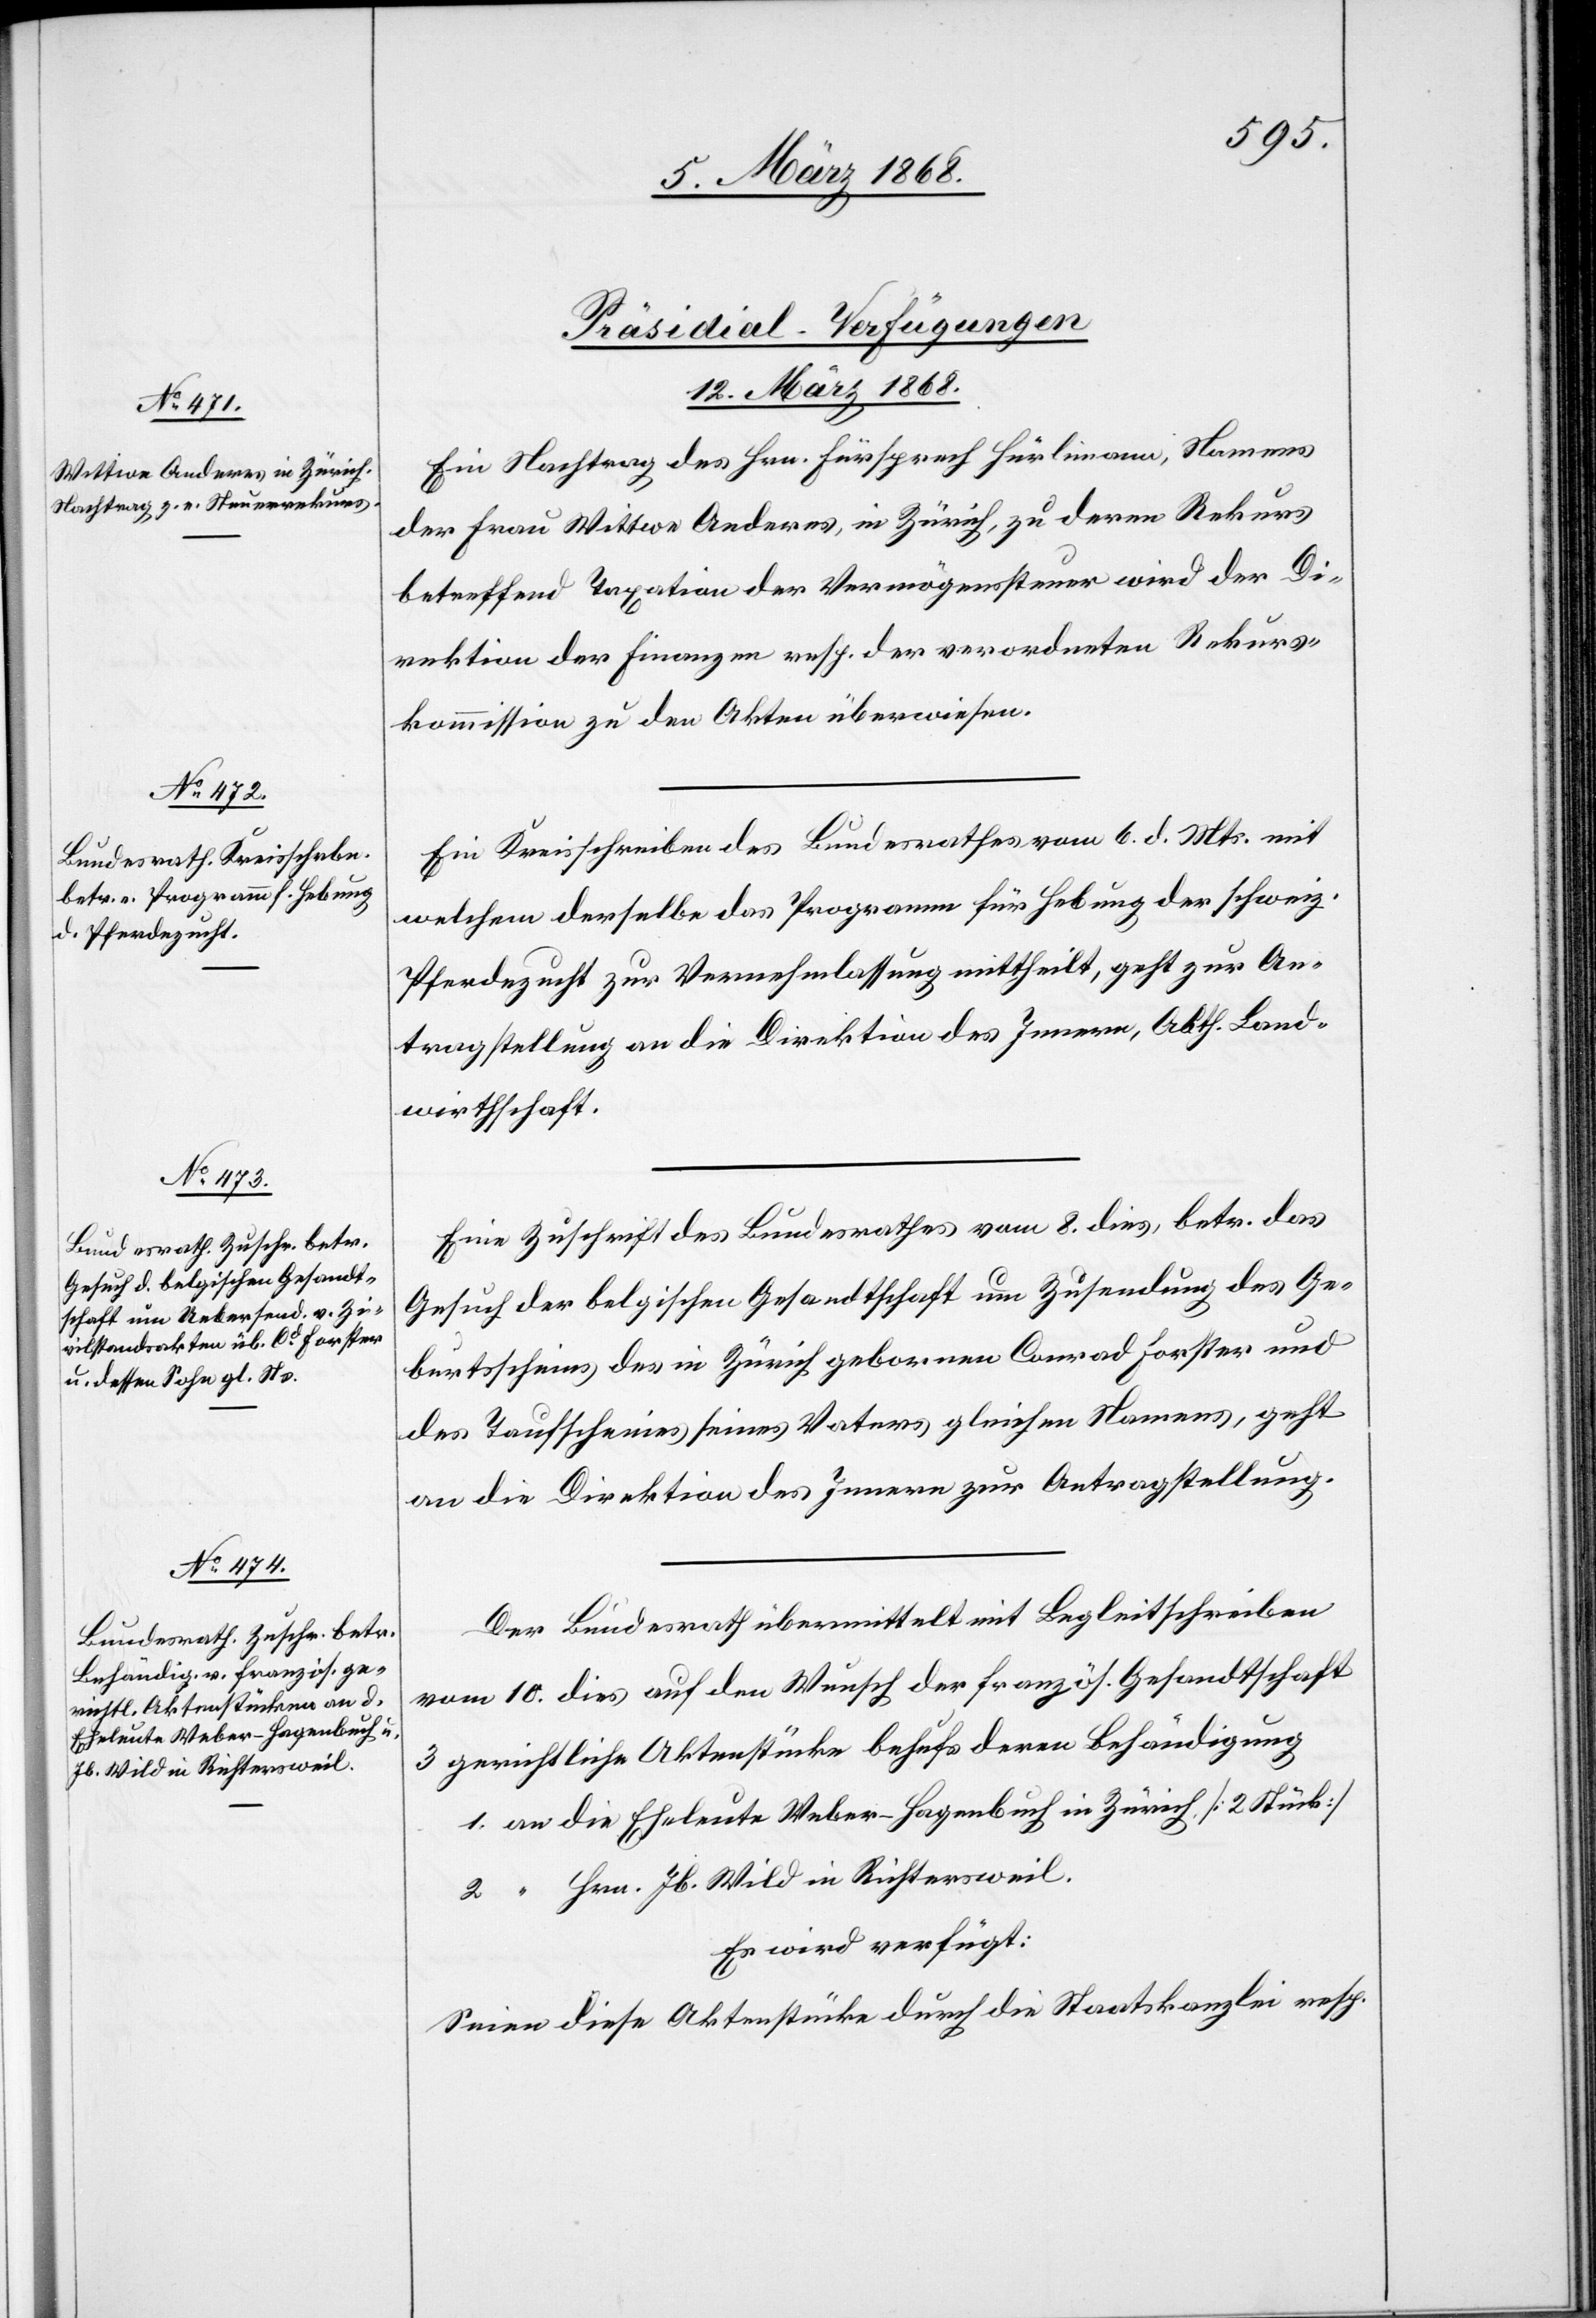
[Präsidial-Verfügungen
12. März 1868.]
Ein Nachtrag des Hrn. Fürsprech Hürlimann, Namens
der Frau Wittwe Anderes, in Zürich, zu deren Rekurs
betreffend Taxation der Vermögenssteuer wird der Di¬
rektion der Finanzen resp. der verordneten Rekurs¬
kommission zu den Akten überwiesen.
Ein Kreisschreiben des Bundesrathes vom 6. d. Mts. mit
welchem derselbe das Programm für Hebung der schweiz.
Pferdezucht zur Vernehmlassung mittheilt, geht zur An¬
tragstellung an die Direktion des Innern, Abth. Land¬
wirthschaft.
Eine Zuschrift des Bundesrathes vom 8. dies, betr. das
Gesuch der belgischen Gesandtschaft um Zusendung des Ge¬
burtsscheins des in Zürich gebornen Conrad Forster und
des Taufscheines seines Vaters gleichen Namens, geht
an die Direktion des Innern zur Antragstellung.
Der Bundesrath übermittelt mit Begleitschreiben
vom 10. dies auf den Wunsch der französ. Gesandtschaft
3 gerichtliche Aktenstücke behufs deren Behändigung
1. an die Eheleute Weber-Hagenbuch in Zürich [2 Stück]
2. “ Hrn. Jb. Wild in Richtersweil.
Es wird verfügt:
Seien diese Aktenstücke durch die Staatskanzlei resp.